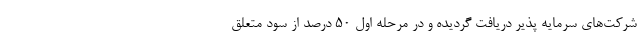
شرکت‌های سرمایه پذیر دریافت گردیده و در مرحله اول ۵۰ درصد از سود متعلق